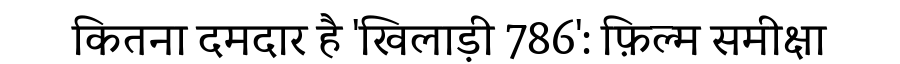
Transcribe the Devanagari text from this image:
कितना दमदार है 'खिलाड़ी 786': फ़िल्म समीक्षा